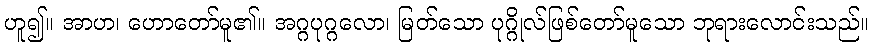
ဟူ၍။ အာဟ၊ ဟောတော်မူ၏။ အဂ္ဂပုဂ္ဂလော၊ မြတ်သော ပုဂ္ဂိုလ်ဖြစ်တော်မူသော ဘုရားလောင်းသည်။